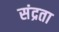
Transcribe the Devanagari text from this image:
संद्रता